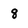
Character: 8